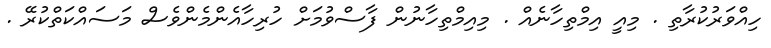
ހިއްވަރުކުރާތި . މިއީ އިމްތިހާނެއް . މިއިމްތިހާނުން ފާސްވުމަށް ހުރިހާއެންމެންވެސް މަސައްކަތްކުރޭ .